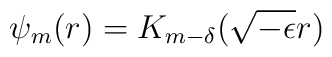
\psi_m(r)=K_{m-\delta}(\sqrt{-\epsilon}r)\,